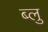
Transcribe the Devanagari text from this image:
ब्‍लु